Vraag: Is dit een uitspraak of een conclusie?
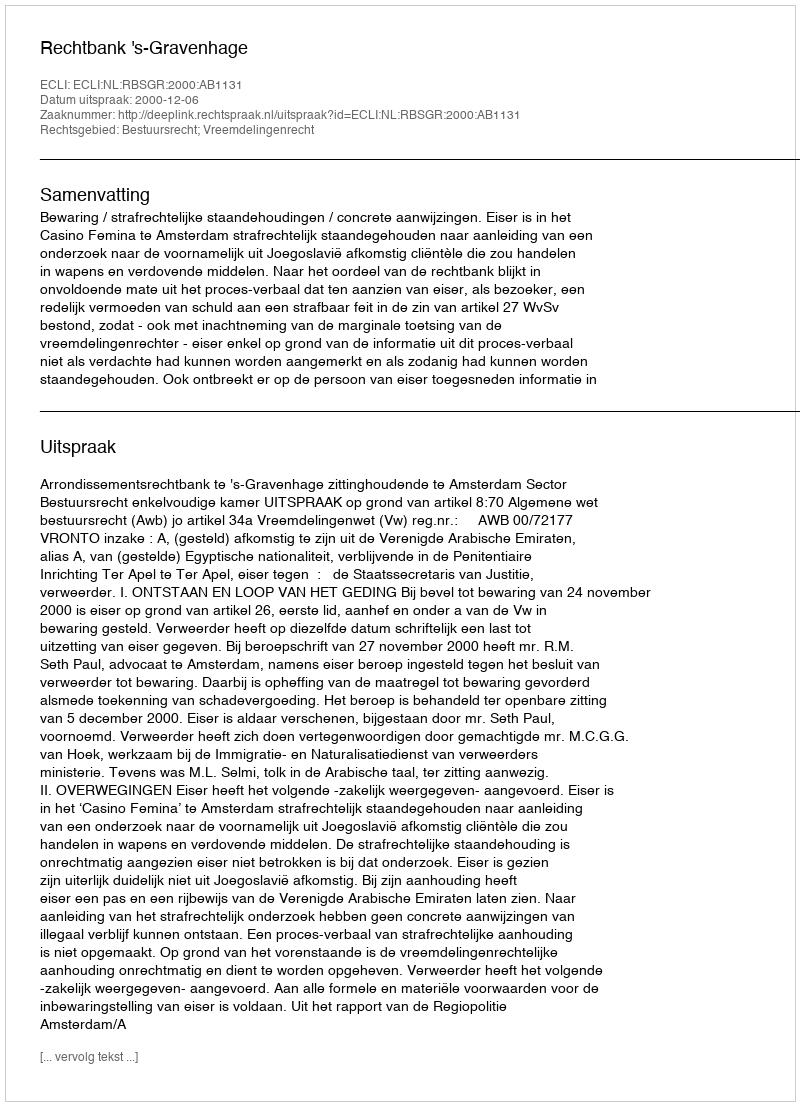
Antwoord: Uitspraak